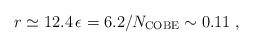
LaTeX: \begin{align*}r \simeq 12.4 \, \epsilon = 6.2/N_{\rm COBE} \sim 0.11 \;,\end{align*}